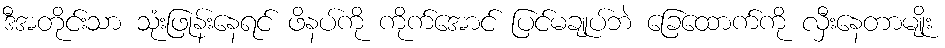
ဒီအတိုင်းသာ သုံးဖြုန်းနေရင် ဖိနပ်ကို ကိုက်အောင် ပြင်မချုပ်ဘဲ ခြေထောက်ကို လှီးနေတာမျိုး